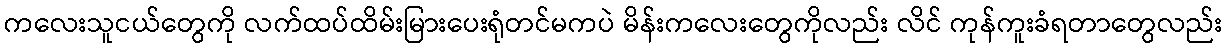
ကလေးသူငယ်တွေကို လက်ထပ်ထိမ်းမြားပေးရုံတင်မကပဲ မိန်းကလေးတွေကိုလည်း လိင် ကုန်ကူးခံရတာတွေလည်း